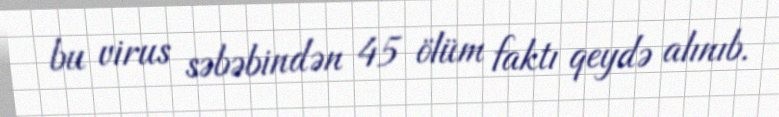
bu virus səbəbindən 45 ölüm faktı qeydə alınıb.